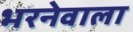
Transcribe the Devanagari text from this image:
भरनेवाला